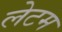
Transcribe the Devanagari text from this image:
लेटम